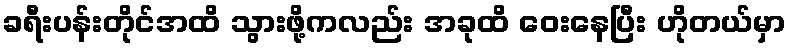
ခရီးပန်းတိုင်အထိ သွားဖို့ကလည်း အခုထိ ဝေးနေပြီး ဟိုတယ်မှာ